Note on the mental hospitals in Burma - 1925-1940
Year: 1925
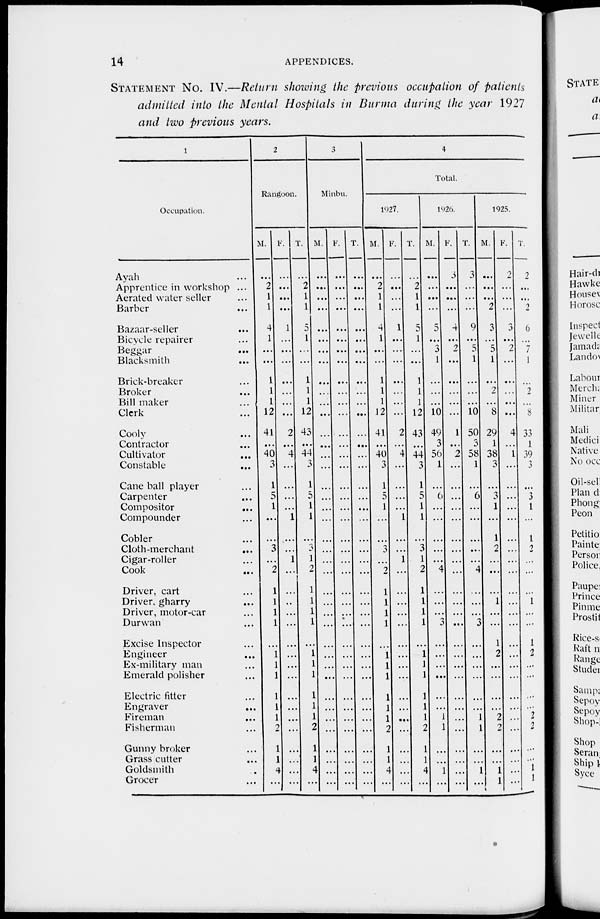
14
APPENDICES.
STATEMENT NO. IV.—Return showing the previous occupation of patients
admitted into the Mental Hospitals in Burma during the year 1927
and two previous years.
1
Occupation.
Ayah ...
Apprentice in workshop ...
Aerated water seller ...
Barber ...
Bazaar-seller ...
Bicycle repairer ...
Beggar ...
Blacksmith
...
Brick-breaker ...
Broker ...
Bill maker ...
Clerk ...
Cooly ...
Contractor ...
Cultivator
...
Constable ...
Cane ball player ...
Carpenter ...
Compositor ...
Compounder ...
Cobler ...
Cloth-merchant
...
Cigar-roller ...
Cook ...
Driver, cart ...
Driver, gharry ...
Driver, motor-car ...
Durwan ...
Excise Inspector ...
Engineer ...
Ex-military man ...
Emerald polisher ...
Electric fitter ...
Engraver ...
Fireman
...
Fisherman ...
Gunny broker ...
Grass cutter ...
Goldsmith ...
Grocer ...
2
Rangoon.
M.
...
2
1
1
4
1
...
...
1
1
1
12
41
...
40
3
1
5
1
...
...
3
...
2
1
1
1
1
...
1
1
1
1
1
1
2
1
1
4
...
F.
...
...
...
...
1
...
...
...
...
...
...
...
2
...
4
...
...
...
...
1
...
...
1
...
...
...
...
...
...
...
...
...
...
...
...
...
...
...
...
...
T.
...
2
1
1
5
1
...
...
1
1
1
12
43
...
44
3
1
5
1
1
...
3
1
2
1
1
1
1
...
1
1
1
1
1
1
2
1
1
4
...
3
Minbu.
M.
...
...
...
...
...
...
...
...
...
...
...
...
...
...
...
...
...
...
...
...
...
...
...
...
...
...
...
...
...
...
...
...
...
...
...
...
...
...
...
...
F.
...
...
...
...
...
...
...
...
...
...
...
...
...
...
...
...
...
...
...
...
...
...
...
...
...
...
...
...
...
...
...
...
...
...
...
...
...
...
...
...
T.
...
...
...
...
...
...
...
...
...
...
...
...
...
...
...
...
...
...
...
...
...
...
...
...
...
...
...
...
...
...
...
...
...
...
...
...
...
...
...
4
Total.
1927.
M.
...
2
1
1
4
1
...
...
1
1
1
12
41
...
40
3
1
5
1
...
...
...
...
2
1
1
1
1
...
1
1
1
1
1
1
2
1
1
4
...
F.
...
...
...
...
1
...
...
...
...
...
...
...
2
...
4
...
...
...
...
1
...
...
1
...
...
...
...
...
...
...
...
...
...
...
...
...
...
...
...
...
T.
...
2
1
1
5
1
...
...
1
1
1
12
43
...
44
3
1
5
1
1
...
3
1
2
1
1
1
1
...
1
1
1
1
1
1
2
1
1
4
...
1926.
M.
...
...
...
...
5
...
3
1
...
...
...
10
49
3
56
1
...
6
...
...
...
...
...
4
...
...
...
3
...
...
...
...
...
...
1
1
...
...
1
...
F.
3
...
...
...
4
...
2
...
...
...
...
...
1
...
2
...
...
...
...
...
...
...
...
...
...
...
...
...
...
...
...
...
...
...
...
...
...
...
...
T.
3
...
...
...
9
...
5
1
...
...
...
10
50
3
58
1
...
6
...
...
...
...
...
4
...
...
...
3
...
...
...
...
...
...
1
1
...
...
1
...
1925.
M.
...
...
...
2
3
...
5
1
...
2
...
8
29
1
38
3
...
3
1
...
1
2
...
...
...
1
...
...
1
2
...
...
...
...
2
2
...
...
1
1
F.
2
...
...
...
3
...
2
...
...
...
...
...
4
...
1
...
...
...
...
...
...
...
...
...
...
...
...
...
...
...
...
...
...
...
...
...
...
...
...
...
T.
2
...
...
2
6
...
7
1
...
2
...
8
33
1
39
3
...
3
1
...
1
2
...
...
...
1
...
...
1
2
...
...
...
...
2
2
...
...
1
1